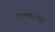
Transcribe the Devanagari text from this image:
रस्त्यांसह